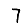
Digit: 7